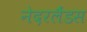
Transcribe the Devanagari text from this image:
नेदरलैंडस